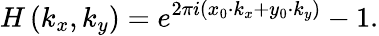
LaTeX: H\left(k_{x},k_{y}\right)=e^{2\pi i\left(x_{0}\cdot k_{x}+y_{0}\cdot k_{y}\right)}-1.